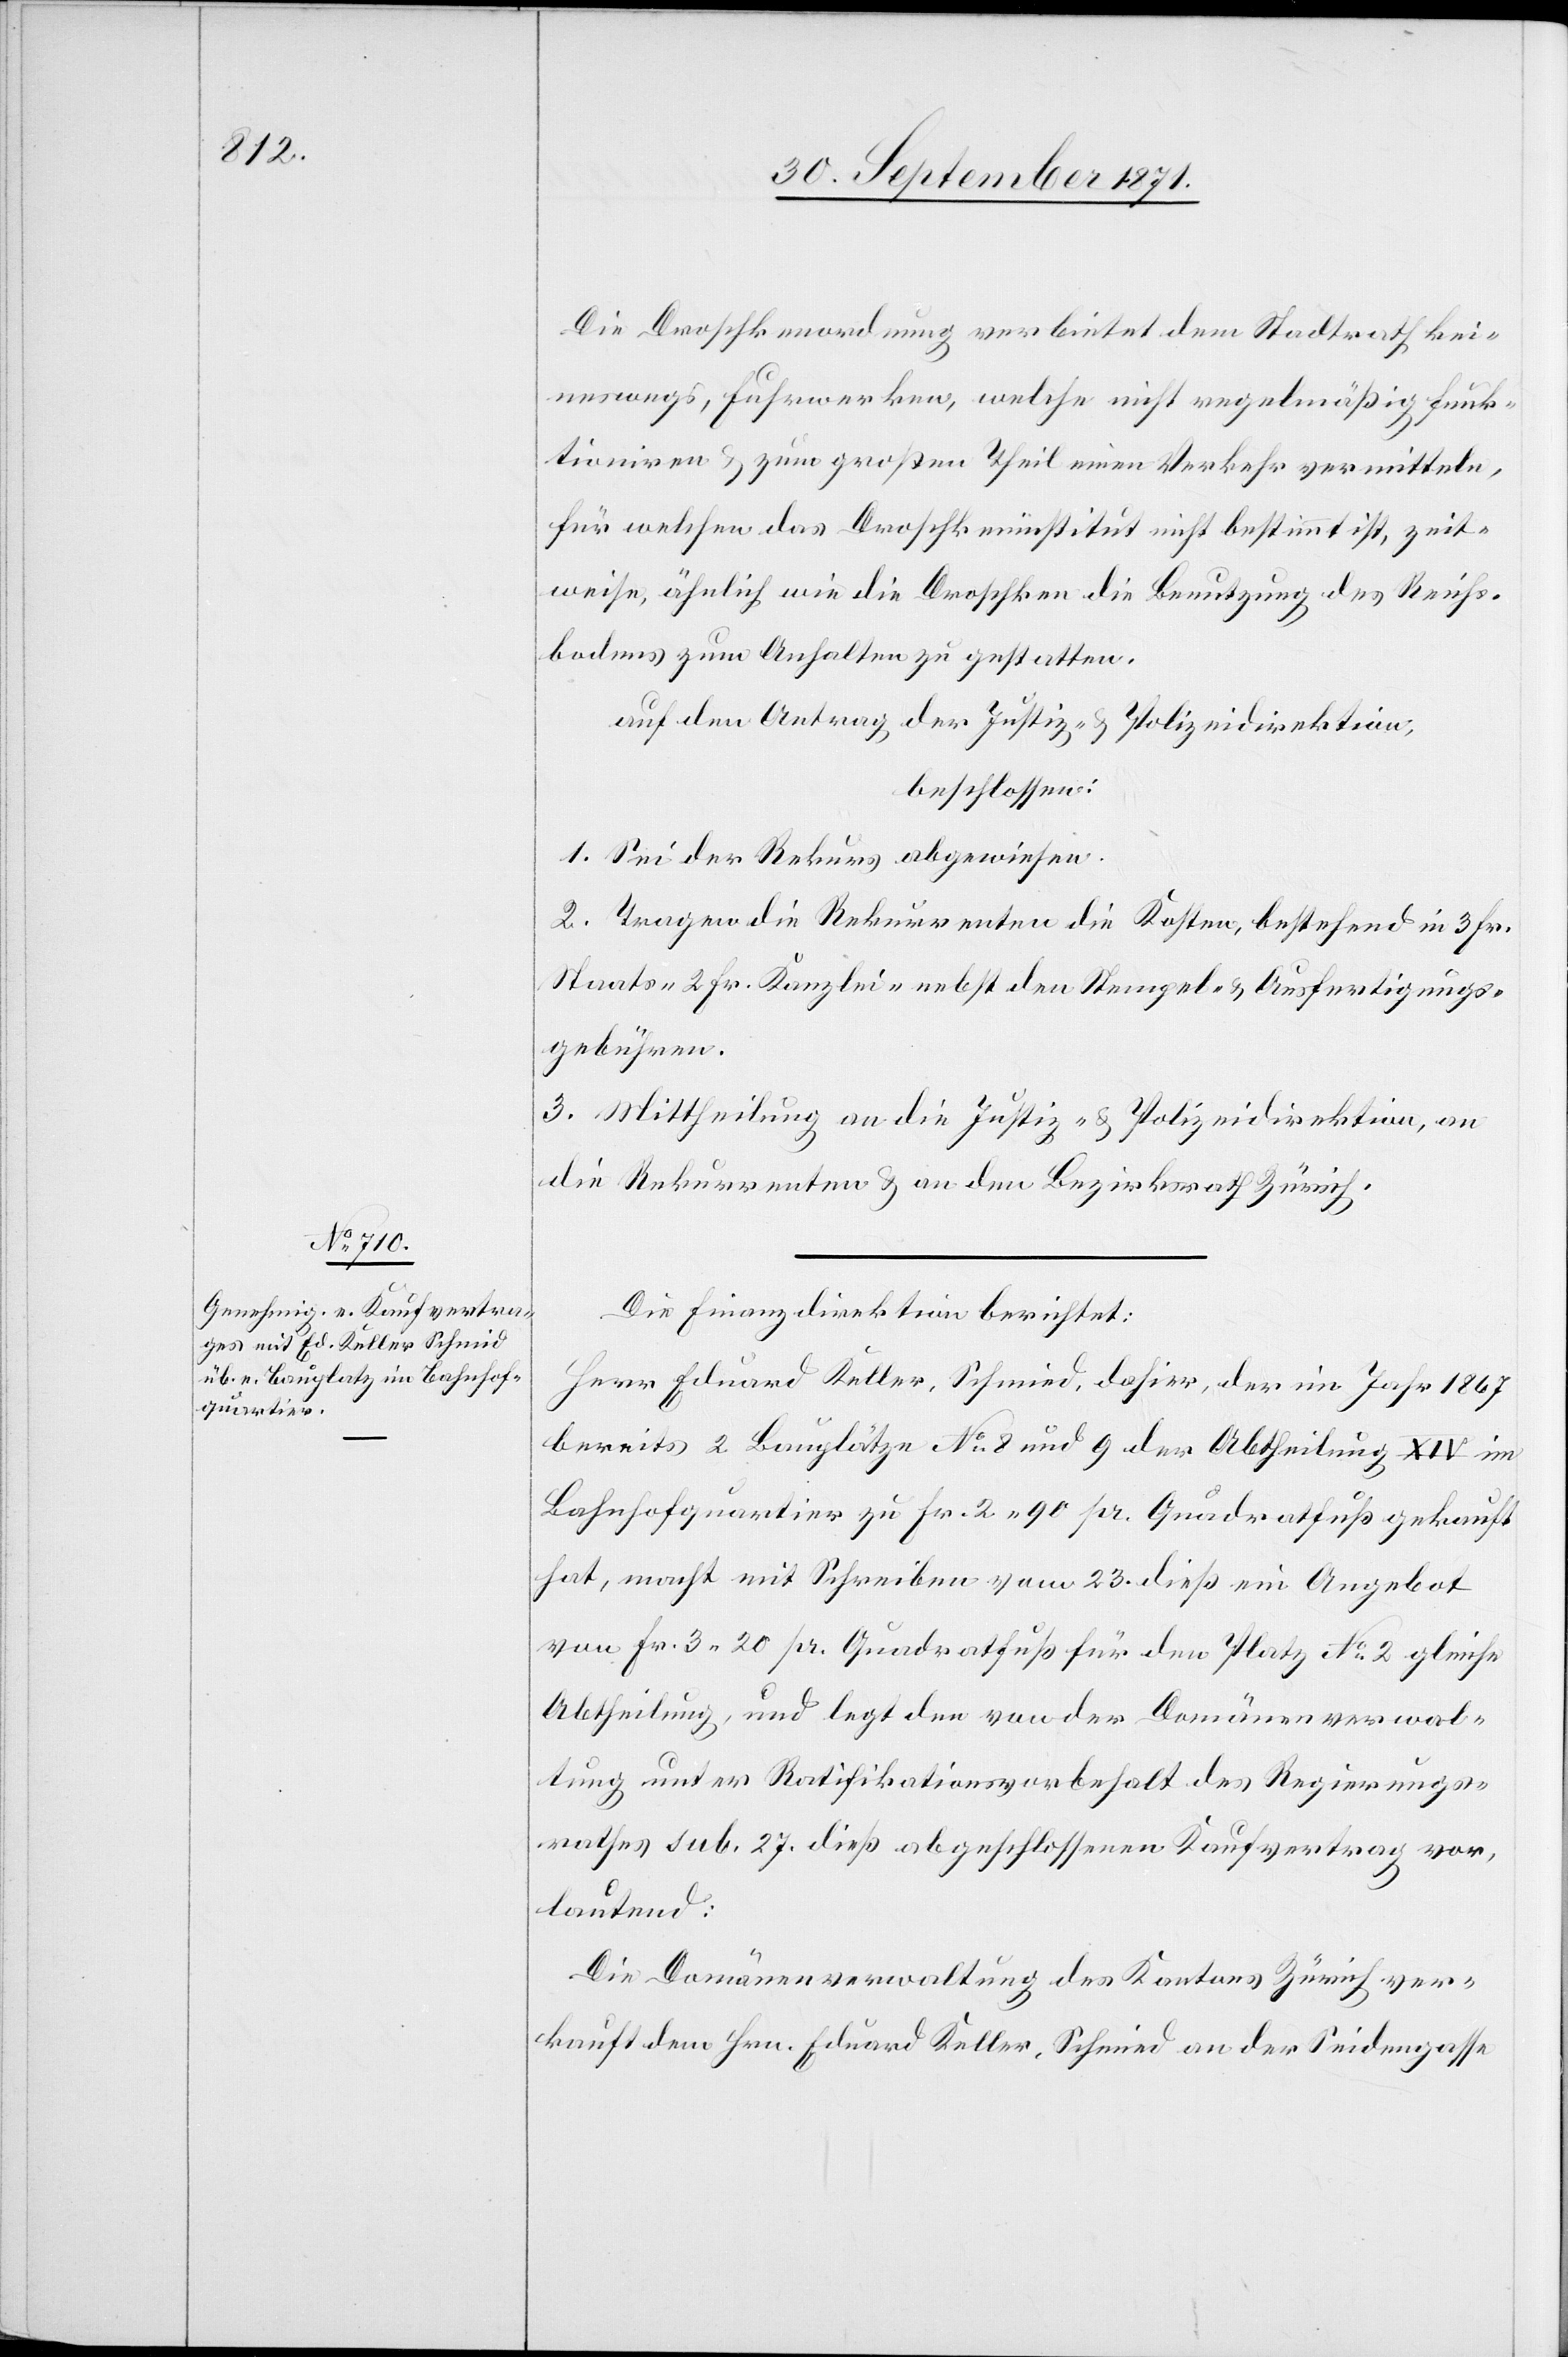
Die Droschkenordnung verbietet dem Stadtrath kei¬
neswegs, Fuhrwerken, welche nicht regelmäßig funk¬
tioniren & zum großen Theil einen Verkehr vermitteln,
für welchen das Droschkeninstitut nicht bestimmt ist, zeit¬
weise, ähnlich wie die [recte: den] Droschken die Benutzung des Reichs¬
bodens zum Anhalten zu gestatten.
auf den Antrag der Justiz- & Polizeidirektion
beschlossen:
1. Sei der Rekurs abgewiesen.
2. Tragen die Rekurrenten die Kosten, bestehen in 3 Fr.
Staats-[,] 2 Fr. Kanzlei-[,] nebst den Stempel- & Ausfertigungs¬
gebühren.
3. Mittheilung an die Justiz- & Polizeidirektion, an
die Rekurrenten & an den Bezirksrath Zürich.
Die Finanzdirektion berichtet:
Herr Eduard Keller, Schmied, dahier, der im Jahr 1867
bereits 2. Bauplätze No 8 und 9 der Abtheilung XIV im
Bahnhofquartier zu Fr. 2.90 pr. Quadratfuß gekauft
hat, macht mit Schreiben vom 23. dieß ein Angebot
von Fr. 3.20 pr. Quadratfuß für den Platz No 2 gleiche
Abtheilung, und legt den von der Domänenverwal¬
tung unter Ratifikationsvorbehalt des Regierungs¬
rathes sub. 27. dieß abgeschlossenen Kaufvertrages vor,
lautend:
Die Domänenverwaltung des Kantons Zürich ver¬
kauft dem Hrn. Eduard Keller, Schmied an der Seidengasse